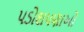
પડોશપણાઓ